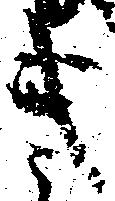
キ